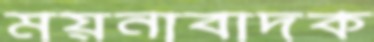
ময়নাবাদক